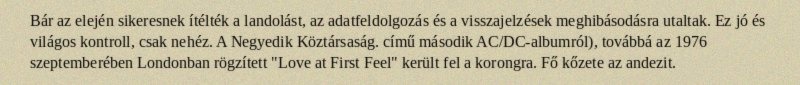
Bár az elején sikeresnek ítélték a landolást, az adatfeldolgozás és a visszajelzések meghibásodásra utaltak. Ez jó és világos kontroll, csak nehéz. A Negyedik Köztársaság. című második AC/DC-albumról), továbbá az 1976 szeptemberében Londonban rögzített "Love at First Feel" került fel a korongra. Fő kőzete az andezit.